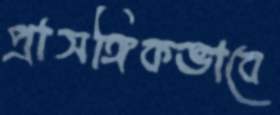
প্রাসঙ্গিকভাবে